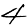
Digit: 4